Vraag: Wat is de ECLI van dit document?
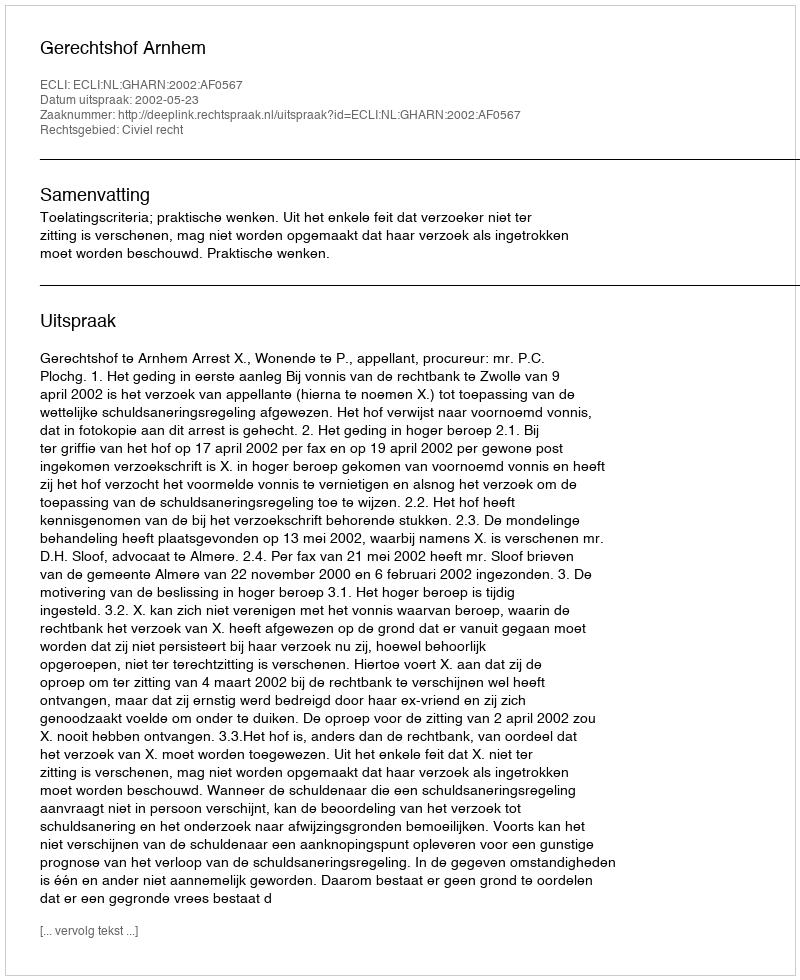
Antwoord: ECLI:NL:GHARN:2002:AF0567